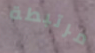
مرتبطة